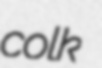
colk